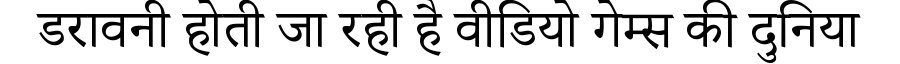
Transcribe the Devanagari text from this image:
डरावनी होती जा रही है वीडियो गेम्स की दुनिया